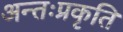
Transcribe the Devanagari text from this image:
अन्तःप्रकृति